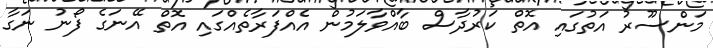
މަންސޫރު އަތުގައި އޮތް ކަރުދާސް ބާއްވާލަމުން އެއްފަރާތެއްގައި އޮތް އޭނަގެ ފޯނު ނަގާ